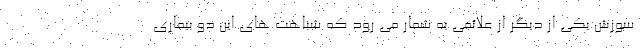
سوزش یکی از دیگر از علائمی به شمار می رود که شباهت های این دو بیماری